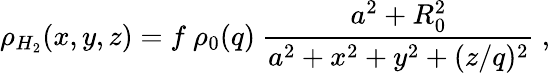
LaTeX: \rho_{H_{2}}(x,y,z)=f~{\rho_{0}(q)}~\frac{a^{2}+R_{0}^{2}}{a^{2}+x^{2}+y^{2}+(z/q)^{2}}~,